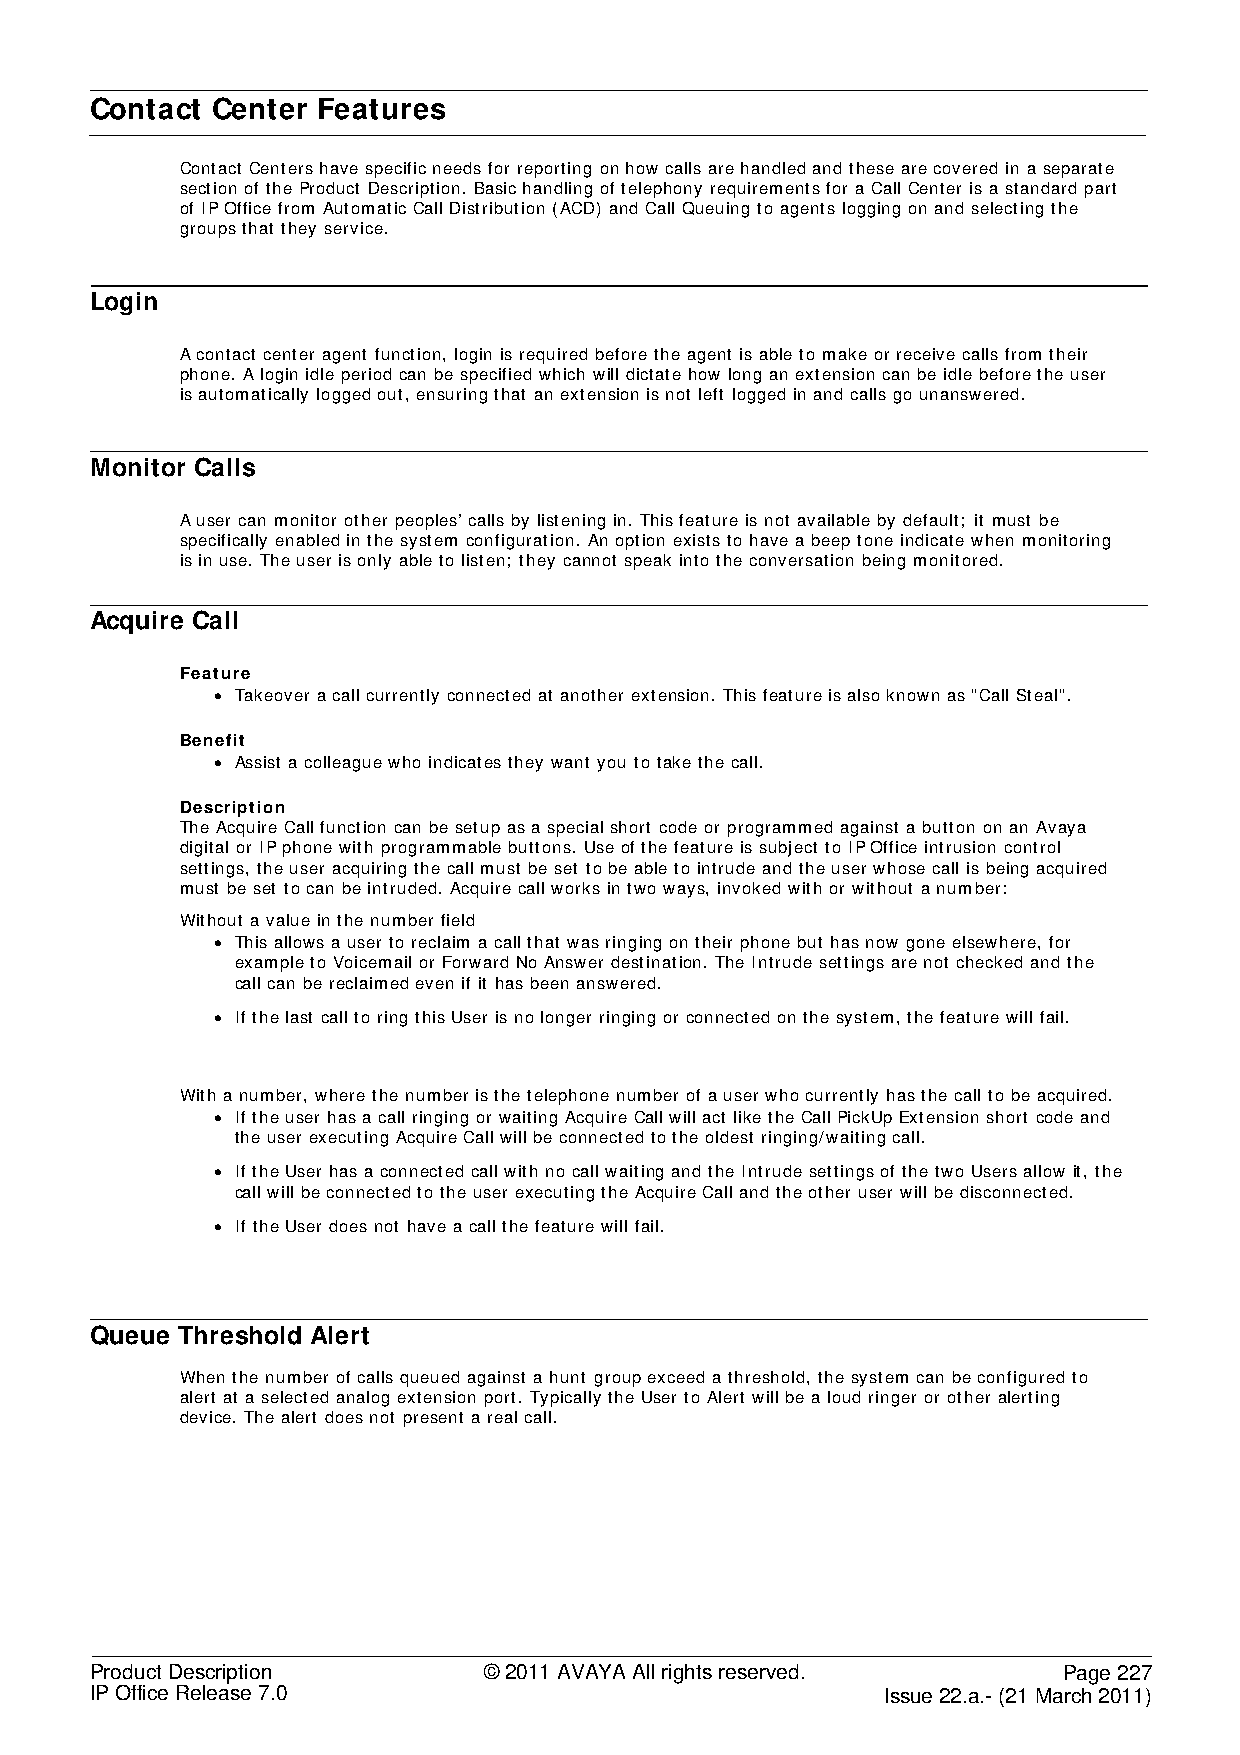
Contact Center Features
 Contact Centers have specific needs for reporting on how calls are handled and these are covered in a separate
 section of the Product Description. Basic handling of telephony requirements for a Call Center is a standard part
 of IP Office from Automatic Call Distribution (ACD) and Call Queuing to agents logging on and selecting the
 groups that they service.
 Login
 A contact center agent function, login is required before the agent is able to make or receive calls from their
 phone. A login idle period can be specified which will dictate how long an extension can be idle before the user
 is automatically logged out, ensuring that an extension is not left logged in and calls go unanswered.
 Monitor Calls
 A user can monitor other peoples’ calls by listening in. This feature is not available by default; it must be
 specifically enabled in the system configuration. An option exists to have a beep tone indicate when monitoring
 is in use. The user is only able to listen; they cannot speak into the conversation being monitored.
 Acquire Call
 Feature
 • Takeover a call currently connected at another extension. This feature is also known as "Call Steal".
 Benefit
 • Assist a colleague who indicates they want you to take the call.
 Description
 The Acquire Call function can be setup as a special short code or programmed against a button on an Avaya
 digital or IP phone with programmable buttons. Use of the feature is subject to IP Office intrusion control
 settings, the user acquiring the call must be set to be able to intrude and the user whose call is being acquired
 must be set to can be intruded. Acquire call works in two ways, invoked with or without a number:
 Without a value in the number field
 • This allows a user to reclaim a call that was ringing on their phone but has now gone elsewhere, for
 example to Voicemail or Forward No Answer destination. The Intrude settings are not checked and the
 call can be reclaimed even if it has been answered.
 • If the last call to ring this User is no longer ringing or connected on the system, the feature will fail.
 With a number, where the number is the telephone number of a user who currently has the call to be acquired.
 • If the user has a call ringing or waiting Acquire Call will act like the Call PickUp Extension short code and
 the user executing Acquire Call will be connected to the oldest ringing/waiting call.
 • If the User has a connected call with no call waiting and the Intrude settings of the two Users allow it, the
 call will be connected to the user executing the Acquire Call and the other user will be disconnected.
 • If the User does not have a call the feature will fail.
 Queue Threshold Alert
 When the number of calls queued against a hunt group exceed a threshold, the system can be configured to
 alert at a selected analog extension port. Typically the User to Alert will be a loud ringer or other alerting
 device. The alert does not present a real call.
 Product Description       © 2011 AVAYA All rights reserved.     Page 227
 IP Office Release 7.0                                Issue 22.a.- (21 March 2011)